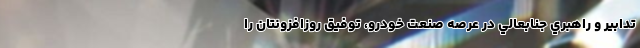
تدابير و راهبري جنابعالي در عرصه صنعت خودرو، توفيق روزافزونتان را